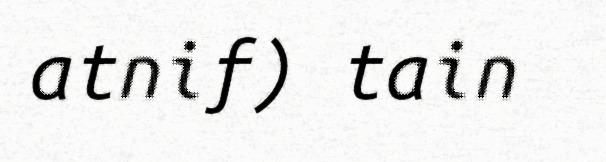
atnif) tain